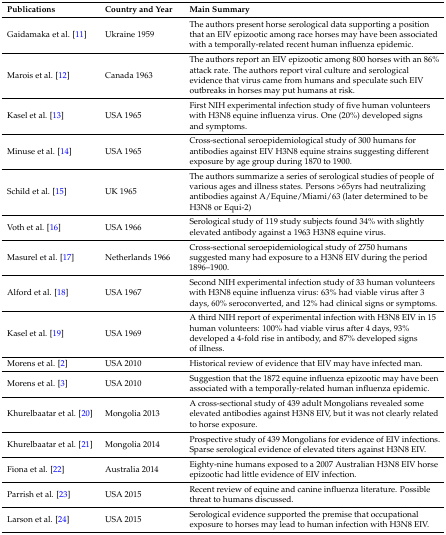
<table><thead><tr><td><b>Publications</b></td><td><b>Country and Year</b></td><td><b>Main Summary</b></td></tr></thead><tbody><tr><td>Gaidamaka et al. [11]</td><td>Ukraine 1959</td><td>The authors present horse serological data supporting a position that an EIV epizootic among race horses may have been associated with a temporally-related recent human influenza epidemic.</td></tr><tr><td>Marois et al. [12]</td><td>Canada 1963 </td><td>The authors report an EIV epizootic among 800 horses with an 86% attack rate. The authors report viral culture and serological evidence that virus came from humans and speculate such EIV outbreaks in horses may put humans at risk.</td></tr><tr><td>Kasel et al. [13]</td><td>USA 1965</td><td>First NIH experimental infection study of five human volunteers with H3N8 equine influenza virus. One (20%) developed signs and symptoms.</td></tr><tr><td>Minuse et al. [14]</td><td>USA 1965</td><td>Cross-sectional seroepidemiological study of 300 humans for antibodies against EIV H3N8 equine strains suggesting different exposure by age group during 1870 to 1900.</td></tr><tr><td>Schild et al. [15]</td><td>UK 1965</td><td>The authors summarize a series of serological studies of people of various ages and illness states. Persons &gt;65yrs had neutralizing antibodies against A/Equine/Miami/63 (later determined to be H3N8 or Equi-2)</td></tr><tr><td>Voth et al. [16]</td><td>USA 1966</td><td>Serological study of 119 study subjects found 34% with slightly elevated antibody against a 1963 H3N8 equine virus. </td></tr><tr><td>Masurel et al. [17]</td><td>Netherlands 1966</td><td>Cross-sectional seroepidemiological study of 2750 humans suggested many had exposure to a H3N8 EIV during the period 1896–1900.</td></tr><tr><td>Alford et al. [18]</td><td>USA 1967</td><td>Second NIH experimental infection study of 33 human volunteers with H3N8 equine influenza virus: 63% had viable virus after 3 days, 60% seroconverted, and 12% had clinical signs or symptoms.</td></tr><tr><td>Kasel et al. [19]</td><td>USA 1969</td><td>A third NIH report of experimental infection with H3N8 EIV in 15 human volunteers: 100% had viable virus after 4 days, 93% developed a 4-fold rise in antibody, and 87% developed signs of illness.</td></tr><tr><td>Morens et al. [2]</td><td>USA 2010</td><td>Historical review of evidence that EIV may have infected man.</td></tr><tr><td>Morens et al. [3]</td><td>USA 2010</td><td>Suggestion that the 1872 equine influenza epizootic may have been associated with a temporally-related human influenza epidemic.</td></tr><tr><td>Khurelbaatar et al. [20]</td><td>Mongolia 2013</td><td>A cross-sectional study of 439 adult Mongolians revealed some elevated antibodies against H3N8 EIV, but it was not clearly related to horse exposure.</td></tr><tr><td>Khurelbaatar et al. [21]</td><td>Mongolia 2014</td><td>Prospective study of 439 Mongolians for evidence of EIV infections. Sparse serological evidence of elevated titers against H3N8 EIV.</td></tr><tr><td>Fiona et al. [22]</td><td>Australia 2014</td><td>Eighty-nine humans exposed to a 2007 Australian H3N8 EIV horse epizootic had little evidence of EIV infection.</td></tr><tr><td>Parrish et al. [23]</td><td>USA 2015</td><td>Recent review of equine and canine influenza literature. Possible threat to humans discussed.</td></tr><tr><td>Larson et al. [24]</td><td>USA 2015</td><td>Serological evidence supported the premise that occupational exposure to horses may lead to human infection with H3N8 EIV.</td></tr></tbody></table>